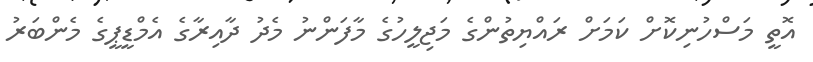
އޮތީ މަސްހުނިކޮށް ކަމަށް ރައްޔިތުންގެ މަޖިލީހުގެ މާފަންނު މެދު ދާއިރާގެ އެމްޑީޕީގެ މެންބަރު